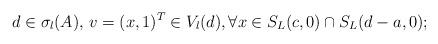
LaTeX: \begin{align*}d\in \sigma_l(A),\,v=(x,1)^T\in V_l(d), \forall x\in S_L(c,0)\cap S_L(d-a,0);\end{align*}